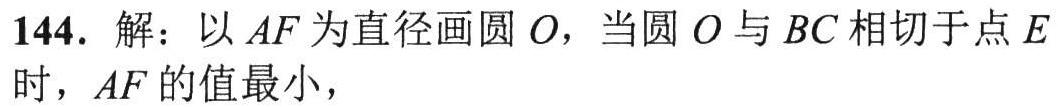
144. 解：以 \(AF\) 为直径画圆 \(O\)，当圆 \(O\) 与 \(BC\) 相切于点 \(E\) 时，\(AF\) 的值最小，